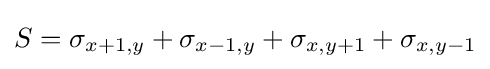
S=\sigma _{x+1,y}+\sigma _{x-1,y}+\sigma _{x,y+1}+\sigma _{x,y-1}